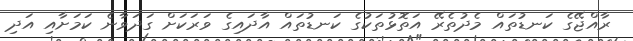
ރާއްޖޭގެ ކަނޑުތައް މެދުތެރޭ އަތޮޅުތަކުގެ ކަނޑުތައް އާދައިގެ ވަރަކަށް ގަދަވާނެ ކަމަށާއި އަދި